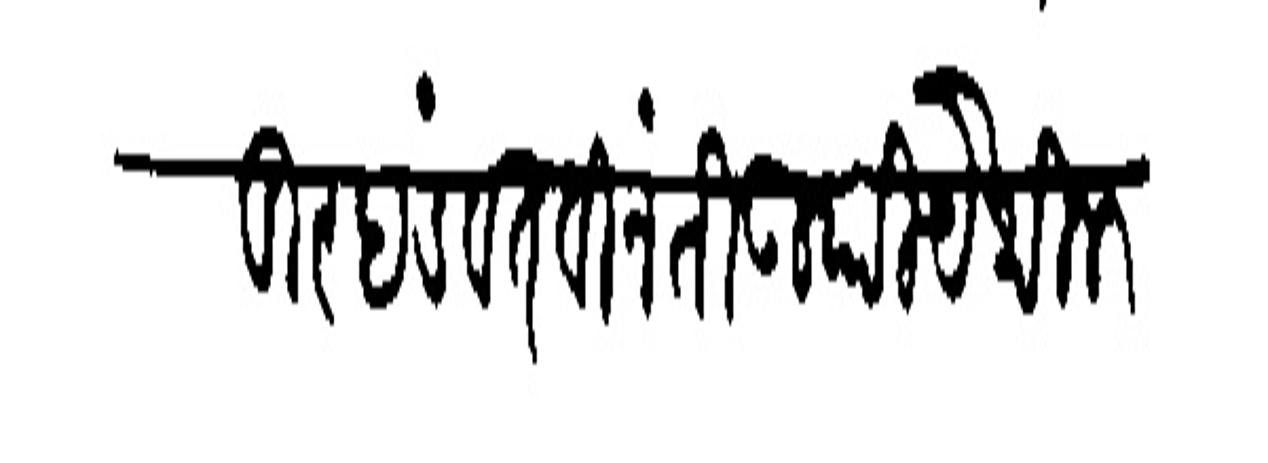
Transliteration (Devanagari): बाहादूर दंडवत विनंती उपरि येथील